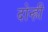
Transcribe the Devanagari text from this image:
दोन्ह्री